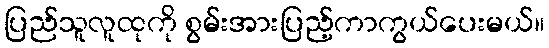
ပြည်သူလူထုကို စွမ်းအားပြည့်ကာကွယ်ပေးမယ်။